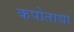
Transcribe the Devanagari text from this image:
कपोताद्या